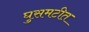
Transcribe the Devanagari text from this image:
घुसमटीत